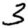
Digit: 3